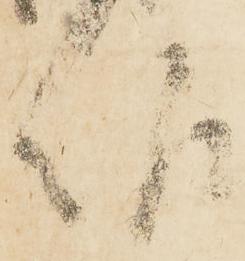
報